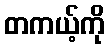
တကယ့်ကို